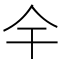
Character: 𫢉